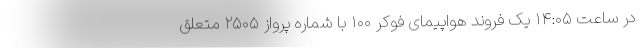
در ساعت ۱۴:۰۵ یک فروند هواپیمای فوکر ۱۰۰ با شماره پرواز ۲۵۰۵ متعلق